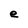
Character: e